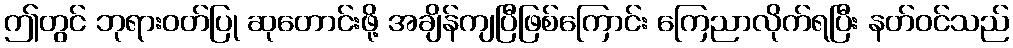
ဤတွင် ဘုရားဝတ်ပြု ဆုတောင်းဖို့ အချိန်ကျပြီဖြစ်ကြောင်း ကြေညာလိုက်ရပြီး နတ်ဝင်သည်